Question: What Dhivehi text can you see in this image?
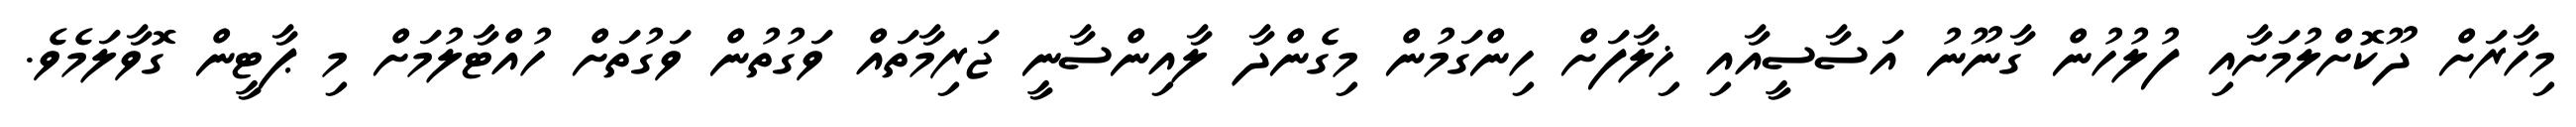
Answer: މިހާރަށް ދޫކޮށްލުމަށާއި ފުލުހުން ގާނޫނު އަސާސީއާއި ޚިލާފަށް ހިންގަމުން މިގެންދާ ލާއިންސާނީ ޖަރިމާތައް ވަގުތުން ވަގުތަށް ހުއްޓާލުމަށް މި ޕާޓީން ގޮވާލަމެވެ.